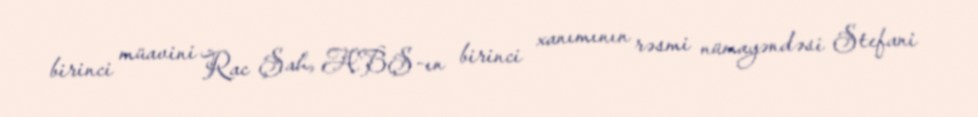
birinci müavini Rac Şah, ABŞ-ın birinci xanımının rəsmi nümayəndəsi Stefani